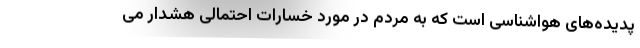
پدیده‌های هواشناسی است که به مردم در مورد خسارات احتمالی هشدار می